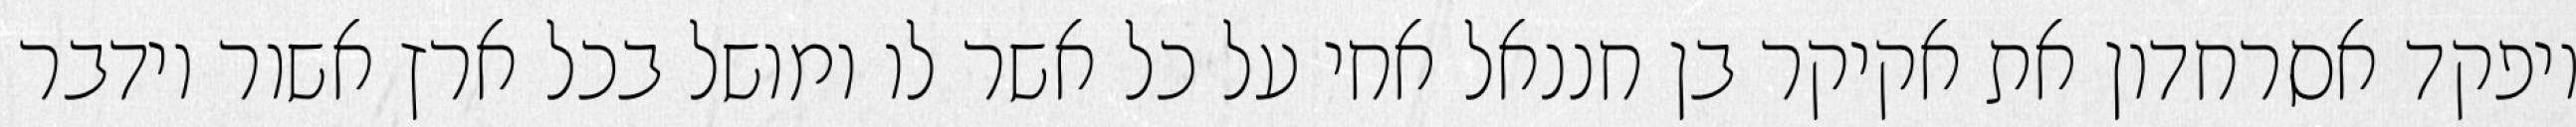
ויפקד אסרחדון את אקיקר בן חננאל אחי על כל אשר לו ומושל בכל ארץ אשור וידבר